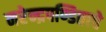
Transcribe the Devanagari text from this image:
नरेन्द्रपण्डिताचे